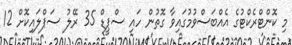
މި ކޮންޓްރެކްޓުގެ އެއްބަސްވުމުގައިވާ ގޮތުން ހައި ސްޕީޑް 35 ރޭލު ސަޕްލައިކޮށް 12